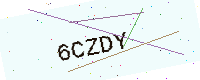
Text: 6CZDY